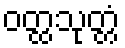
ဝတ္ထသုတ္တံ